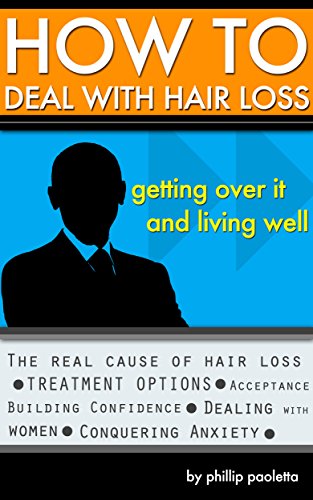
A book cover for How to Deal with Hair Loss: Getting Over it and Living Well; Phillip Paoletta; Health, Fitness & Dieting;